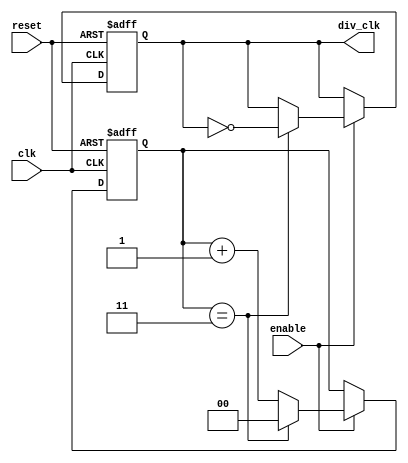
module frequency_divider_counter #(
    parameter M = 4  // Division factor (should be a positive integer)
)(
    input wire clk,        // Input clock signal
    input wire reset,      // Asynchronous reset signal
    input wire enable,     // Enable signal to control counter activity
    output reg div_clk     // Divided clock output
);

    // Calculate the required counter width
    localparam N = $clog2(M); // Number of bits needed to count up to M-1
    reg [N-1:0] counter;       // Counter variable

    // Asynchronous reset and counter logic
    always @(posedge clk or posedge reset) begin
        if (reset) begin
            counter <= 0;      // Reset counter to zero
            div_clk <= 0;      // Reset divided clock
        end else if (enable) begin
            if (counter == M-1) begin
                counter <= 0;  // Reset counter when it reaches M-1
                div_clk <= ~div_clk; // Toggle the output clock
            end else begin
                counter <= counter + 1; // Increment counter
            end
        end
    end

endmodule